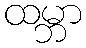
ထမ္ဘာ